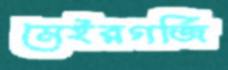
মেইরগর্জি